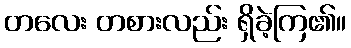
တလေး တစားလည်း ရှိခဲ့ကြ၏။